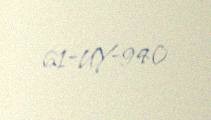
61-UY-940